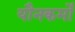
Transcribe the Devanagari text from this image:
यौनकर्मों